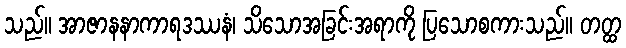
သည်။ အာဇာနနာကာရဒဿနံ၊ သိသောအခြင်းအရာကို ပြသောစကားသည်။ တတ္ထ